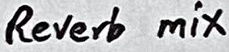
Text: Reverb mix